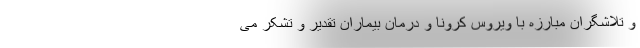
و تلاشگران مبارزه با ویروس کرونا و درمان بیماران تقدیر و تشکر می‌